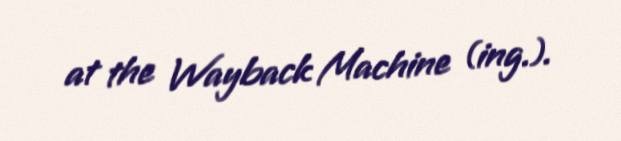
at the Wayback Machine (ing.).